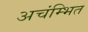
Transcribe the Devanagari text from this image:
अचंम्भित